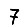
Digit: 7